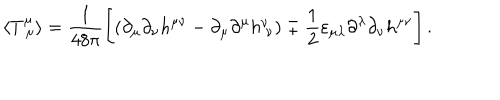
LaTeX: \langle T _ { \ \mu } ^ { \mu } \rangle = \frac { 1 } { 4 8 \pi } \Biggl [ \left( \partial _ { \mu } \partial _ { \nu } h ^ { \mu \nu } - \partial _ { \mu } \partial ^ { \mu } h _ { \ \nu } ^ { \nu } \right) \mp \frac { 1 } { 2 } \varepsilon _ { \mu \lambda } \partial ^ { \lambda } \partial _ { \nu } h ^ { \mu \nu } \Biggr ] \, .